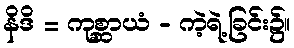
နိဒိ = ကုစ္ဆာယံ - ကဲ့ရဲ့ခြင်း၌။